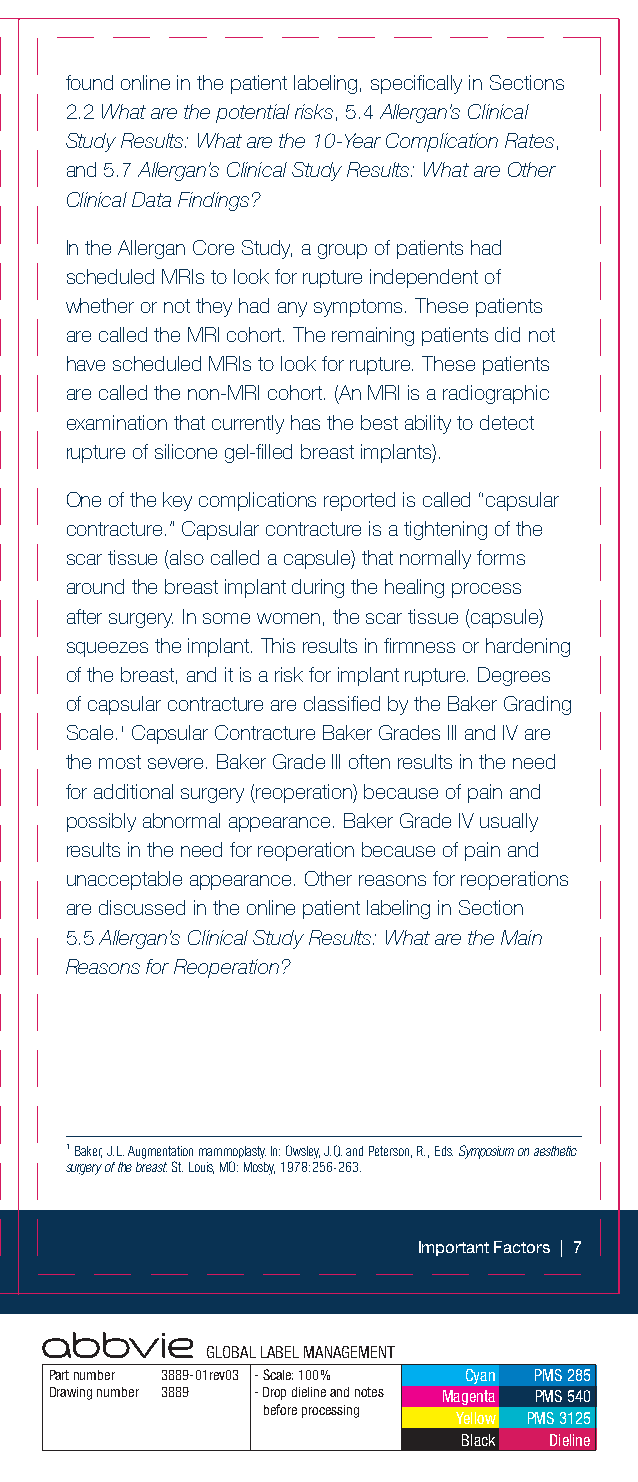
found online in the patient labeling, specifically in Sections
 2.2 What are the potential risks, 5.4 Allergan’s Clinical
 Study Results: What are the 10-Year Complication Rates,
 and 5.7 Allergan’s Clinical Study Results: What are Other
 Clinical Data Findings?
 In the Allergan Core Study, a group of patients had
 scheduled MRIs to look for rupture independent of
 whether or not they had any symptoms. These patients
 are called the MRI cohort. The remaining patients did not
 have scheduled MRIs to look for rupture. These patients
 are called the non-MRI cohort. (An MRI is a radiographic
 examination that currently has the best ability to detect
 rupture of silicone gel-filled breast implants).
 One of the key complications reported is called “capsular
 contracture.” Capsular contracture is a tightening of the
 scar tissue (also called a capsule) that normally forms
 around the breast implant during the healing process
 after surgery. In some women, the scar tissue (capsule)
 squeezes the implant. This results in firmness or hardening
 of the breast, and it is a risk for implant rupture. Degrees
 of capsular contracture are classified by the Baker Grading
 Scale.1 Capsular Contracture Baker Grades III and IV are
 the most severe. Baker Grade III often results in the need
 for additional surgery (reoperation) because of pain and
 possibly abnormal appearance. Baker Grade IV usually
 results in the need for reoperation because of pain and
 unacceptable appearance. Other reasons for reoperations
 are discussed in the online patient labeling in Section
 5.5 Allergan’s Clinical Study Results: What are the Main
 Reasons for Reoperation?
 1 Baker, J.L. Augmentation mammoplasty. In: Owsley, J.Q. and Peterson, R., Eds. Symposium on aesthetic
 surgery of the breast. St. Louis, MO: Mosby, 1978:256-263.
 Important Factors | 7
 GLOBAL LABEL MANAGEMENT
 Part number 3889-01rev03 - Scale: 100% Cyan PMS 285
 Drawing number 3889 - Drop dieline and notes Magenta PMS 540
 before processing
 Yellow PMS 3125
 Black Dieline